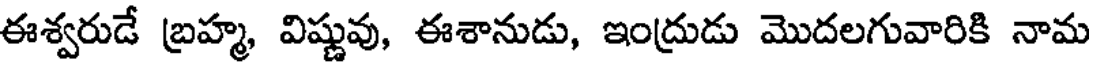
ఈశ్వరుడే బ్రహ్మ, విష్ణువు, ఈశానుడు, ఇంద్రుడు మొదలగువారికి నామ